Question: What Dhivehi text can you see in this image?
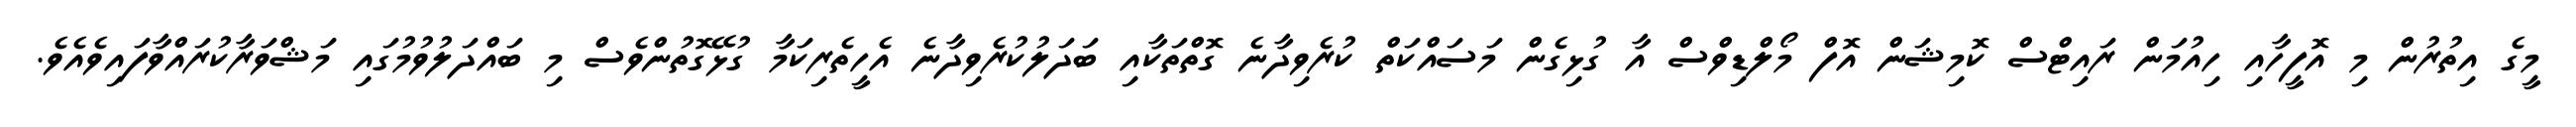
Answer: މީގެ އިތުރުން މި އޮފީހާއި ހިއުމަން ރައިޓްސް ކޮމިޝަން އޮފް މޯލްޑިވްސް އާ ގުޅިގެން މަސައްކަތް ކުރެވިދާނެ ގޮތްތަކާއި ބަދަލުކުރެވިދާނެ އެހީތެރިކަމާ ގުޅޭގޮތުންވެސް މި ބައްދަލުވުމުގައި މަޝްވަރާކުރައްވާފައިވެއެވެ.